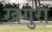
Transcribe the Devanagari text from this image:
खंगुरा